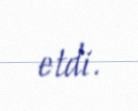
etdi.